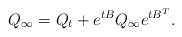
\begin{align*}Q_{\infty}=Q_t+e^{tB}Q_{\infty}e^{tB^T}.\end{align*}